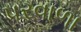
પરવાળા